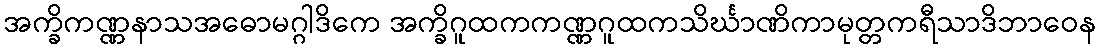
အက္ခိကဏ္ဏနာသအဓောမဂ္ဂါဒိကေ အက္ခိဂူထကကဏ္ဏဂူထကသိင်္ဃာဏိကာမုတ္တကရီသာဒိဘာဝေန